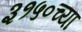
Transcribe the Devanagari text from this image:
३१५०च्या